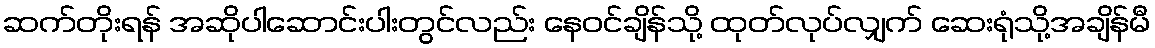
ဆက်တိုးရန် အဆိုပါဆောင်းပါးတွင်လည်း နေဝင်ချိန်သို့ ထုတ်လုပ်လျှက် ဆေးရုံသို့အချိန်မီ